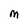
Character: M